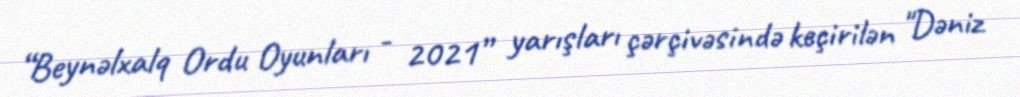
“Beynəlxalq Ordu Oyunları - 2021” yarışları çərçivəsində keçirilən "Dəniz